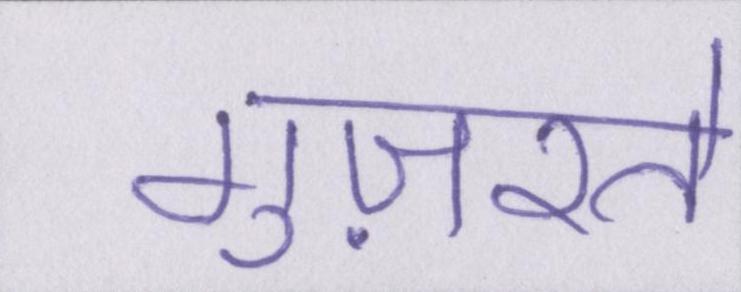
गुज़रते